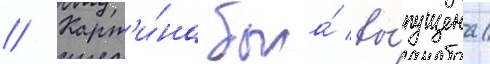
// Карт'и́на была́ вы́пущена